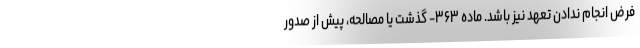
فرض انجام ندادن تعهد نیز باشد. ماده ۳۶۳- گذشت یا مصالحه، پیش از صدور